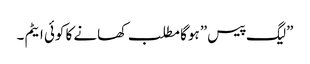
”لیگ پیس” ہوگا مطلب کھانے کا کوئی ایٹم ۔